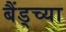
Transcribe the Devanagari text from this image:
बैंड्च्या